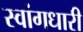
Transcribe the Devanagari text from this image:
स्वांगधारी